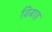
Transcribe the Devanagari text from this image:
विबाह